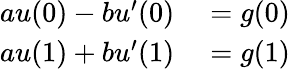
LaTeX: \begin{array}{rl}{au(0)-bu^{\prime}(0)}&{{}=g(0)}\\ {au(1)+bu^{\prime}(1)}&{{}=g(1)}\end{array}